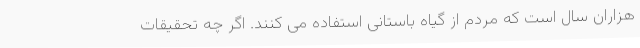
هزاران سال است که مردم از گیاه باستانی استفاده می کنند. اگر چه تحقیقات